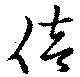
倍